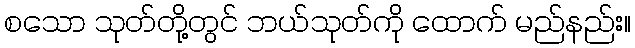
စသော သုတ်တို့တွင် ဘယ်သုတ်ကို ထောက် မည်နည်း။